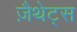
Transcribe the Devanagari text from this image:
ज़ैथेट्स